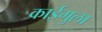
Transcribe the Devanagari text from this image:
काईगुला